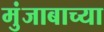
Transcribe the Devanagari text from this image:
मुंजाबाच्या